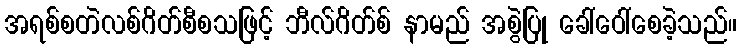
အရစ်စတဲလစ်ဂိတ်စီစသဖြင့် ဘီလ်ဂိတ်စ် နာမည် အစွဲပြု ခေါ်ဝေါ်စေခဲ့သည်။